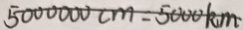
5 0 0 0 0 0 0 c m = 5 0 0 0 k m